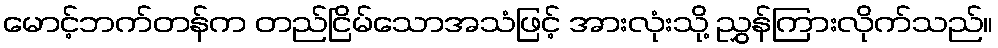
မောင့်ဘက်တန်က တည်ငြိမ်သောအသံဖြင့် အားလုံးသို့ ညွှန်ကြားလိုက်သည်။